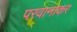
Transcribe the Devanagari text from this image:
परवानाकर